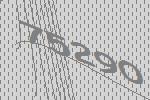
75290